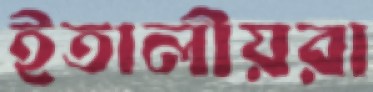
ইতালীয়রা